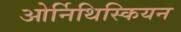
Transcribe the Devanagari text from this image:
ओर्निथिस्कियन